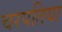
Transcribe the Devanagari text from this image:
चरपतिया